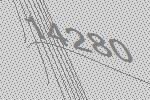
14280